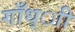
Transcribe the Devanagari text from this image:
गाँध्ाी